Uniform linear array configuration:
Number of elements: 4
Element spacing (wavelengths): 0.25
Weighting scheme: binomial
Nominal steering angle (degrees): -60
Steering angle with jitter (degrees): -59.01
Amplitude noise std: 0.05
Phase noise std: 0.05

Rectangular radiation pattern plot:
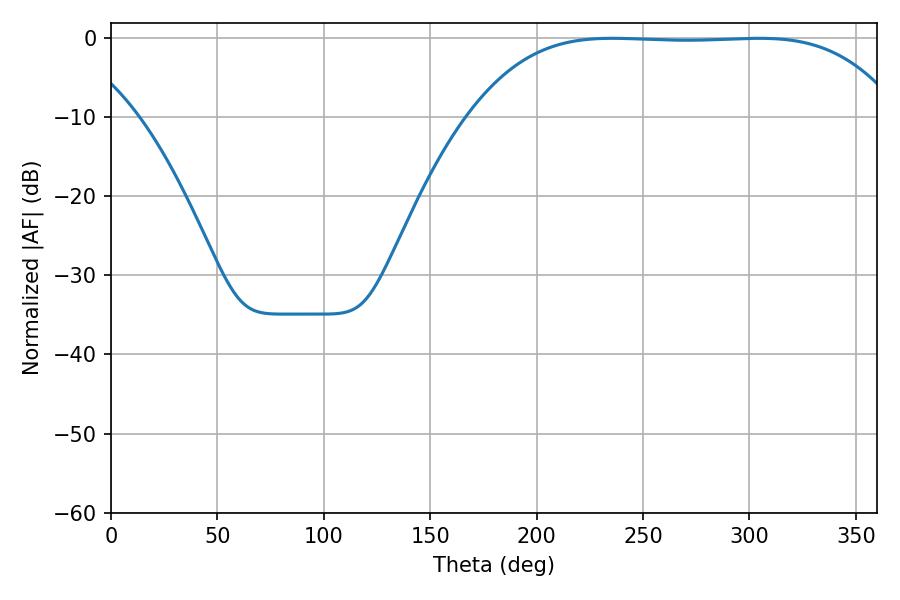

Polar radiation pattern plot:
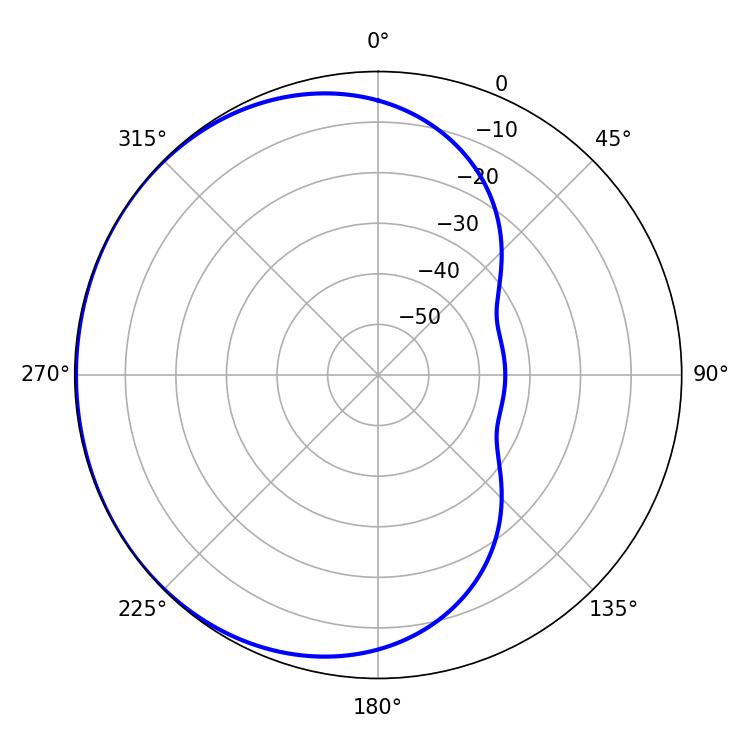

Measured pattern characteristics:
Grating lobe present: FALSE
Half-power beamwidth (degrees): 154.8
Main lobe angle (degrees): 235.44